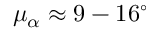
\mu _ { \alpha } \approx 9 - 1 6 ^ { \circ }